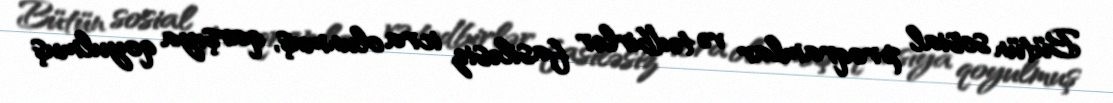
Bütün sosial proqramlar və tədbirlər fasiləsiz icra olunmuş, qarşıya qoyulmuş